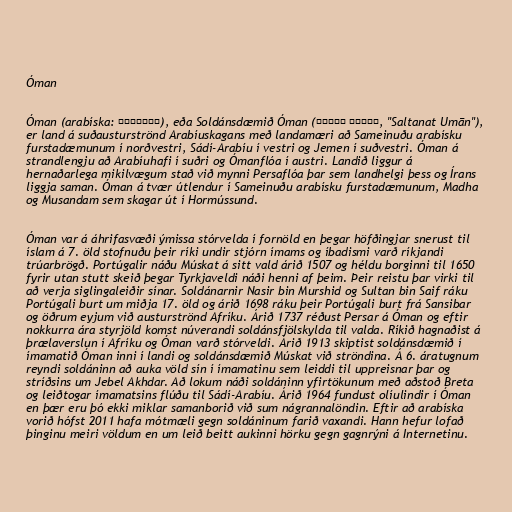
Óman

Óman (arabíska: العربية), eða Soldánsdæmið Óman (سلطنة عُمان, "Saltanat Umān"),
er land á suðausturströnd Arabíuskagans með landamæri að Sameinuðu arabísku
furstadæmunum í norðvestri, Sádí-Arabíu í vestri og Jemen í suðvestri. Óman á
strandlengju að Arabíuhafi í suðri og Ómanflóa í austri. Landið liggur á
hernaðarlega mikilvægum stað við mynni Persaflóa þar sem landhelgi þess og Írans
liggja saman. Óman á tvær útlendur í Sameinuðu arabísku furstadæmunum, Madha
og Musandam sem skagar út í Hormússund.

Óman var á áhrifasvæði ýmissa stórvelda í fornöld en þegar höfðingjar snerust til
íslam á 7. öld stofnuðu þeir ríki undir stjórn ímams og íbadismi varð ríkjandi
trúarbrögð. Portúgalir náðu Múskat á sitt vald árið 1507 og héldu borginni til 1650
fyrir utan stutt skeið þegar Tyrkjaveldi náði henni af þeim. Þeir reistu þar virki til
að verja siglingaleiðir sínar. Soldánarnir Nasir bin Murshid og Sultan bin Saif ráku
Portúgali burt um miðja 17. öld og árið 1698 ráku þeir Portúgali burt frá Sansibar
og öðrum eyjum við austurströnd Afríku. Árið 1737 réðust Persar á Óman og eftir
nokkurra ára styrjöld komst núverandi soldánsfjölskylda til valda. Ríkið hagnaðist á
þrælaverslun í Afríku og Óman varð stórveldi. Árið 1913 skiptist soldánsdæmið í
ímamatið Óman inni í landi og soldánsdæmið Múskat við ströndina. Á 6. áratugnum
reyndi soldáninn að auka völd sín í ímamatinu sem leiddi til uppreisnar þar og
stríðsins um Jebel Akhdar. Að lokum náði soldáninn yfirtökunum með aðstoð Breta
og leiðtogar ímamatsins flúðu til Sádí-Arabíu. Árið 1964 fundust olíulindir í Óman
en þær eru þó ekki miklar samanborið við sum nágrannalöndin. Eftir að arabíska
vorið hófst 2011 hafa mótmæli gegn soldáninum farið vaxandi. Hann hefur lofað
þinginu meiri völdum en um leið beitt aukinni hörku gegn gagnrýni á Internetinu.